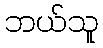
ဘယ်သူ